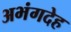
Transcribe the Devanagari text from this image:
अभंगदेह